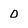
Character: O